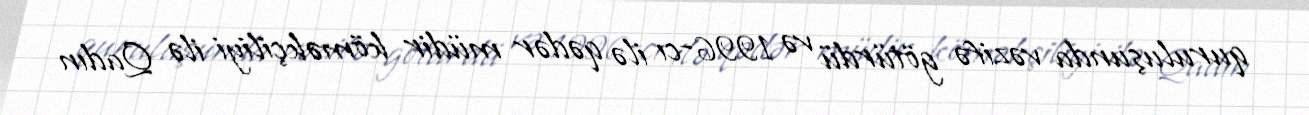
quruluşunda vəzifə götürdü və 1996-cı ilə qədər müdir köməkçiliyi ilə Qadın